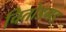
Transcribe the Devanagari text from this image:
चितोडगड